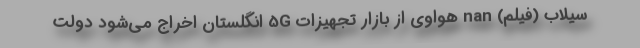
سیلاب (فیلم) nan هواوی از بازار تجهیزات 5G انگلستان اخراج می‌شود دولت